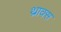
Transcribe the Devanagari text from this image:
थ्राक्स